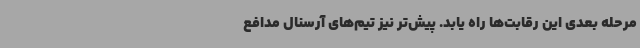
مرحله بعدی این رقابت‌ها راه یابد. پیش‌تر نیز تیم‌های آرسنال مدافع